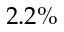
2 . 2 \%